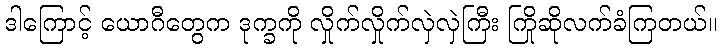
ဒါကြောင့် ယောဂီတွေက ဒုက္ခကို လှိုက်လှိုက်လှဲလှဲကြီး ကြိုဆိုလက်ခံကြတယ်။